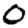
Digit: 0